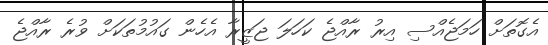
އެގޮތަށް ހަމަޖެއްސި އިރު ރާއްޖެ ކަހަލަ ޖަޒީރާ އެހެން ގައުމުތަކަށް ވުރެ ރާއްޖެ